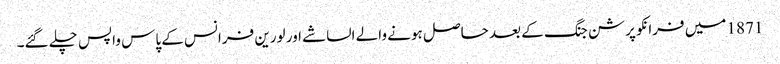
1871 میں فرانکو پرشن جنگ کے بعد حاصل ہونے والے الساشے اور لورین فرانس کے پاس واپس چلے گئے۔